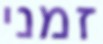
זמני